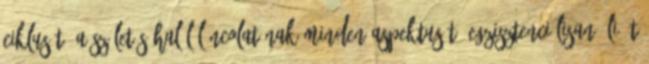
ciklusát, a születés-halál láncolatának minden aspektusát. Egzisztenciálisan éli át